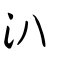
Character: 汃